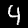
Label: 4